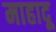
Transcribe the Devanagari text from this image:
माहादू